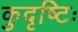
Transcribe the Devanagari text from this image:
कुदृष्टिः